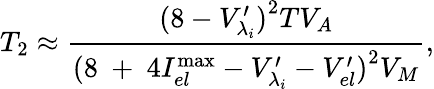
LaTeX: {{T}_{2}}\approx\frac{{{(8-{{V}_{{\lambda_{i}}}^{\prime}})}^{2}}TV_{A}}{{{(8\mathrm{~+~}4I_{el}^{\operatorname*{max}}-{{V}_{{\lambda_{i}}}^{\prime}}-{{V}_{el}^{\prime}})}^{2}}V_{M}},